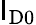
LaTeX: \mathsf{I}_{\mathrm{{D0}}}